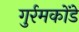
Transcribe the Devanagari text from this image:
गुर्रमकोंडे